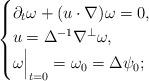
LaTeX: \begin{align*} \begin{cases} \partial_t \omega + (u\cdot \nabla) \omega=0, \\ u= \Delta^{-1} \nabla^{\perp} \omega,\\ \omega \Bigr|_{t=0}= \omega_0=\Delta \psi_0; \end{cases}\end{align*}